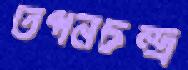
তপনচন্দ্র